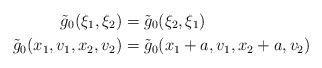
LaTeX: \begin{align*}\tilde{g}_0(\xi_1,\xi_2) &= \tilde{g}_0(\xi_2,\xi_1) & \\\tilde{g}_0(x_1,v_1,x_2,v_2)&= \tilde{g}_0(x_1+a,v_1,x_2+a,v_2) & \end{align*}